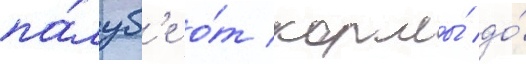
па́луб'е о́т кормы́ до́